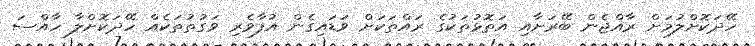
ހޭދަކޮށްލުމަށް ރާއްޖެން ބޭރަށާއި އަތޮޅުތަކުގެ ރައްތަކަށް ވަޑައިގެން އުފާވެރި ވަގުތުތަކެއް ހޭދަކޮށްލާ ހާއްސަ